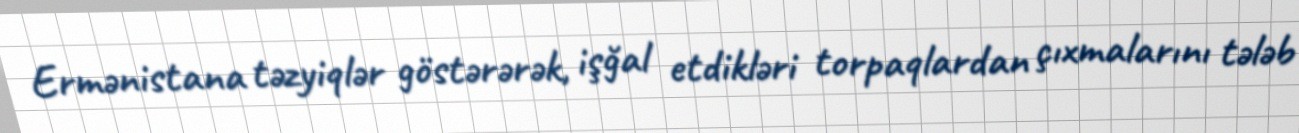
Ermənistana təzyiqlər göstərərək, işğal etdikləri torpaqlardan çıxmalarını tələb